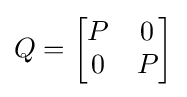
Q={\begin{bmatrix}P&0\\0&P\end{bmatrix}}